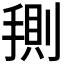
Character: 𭡤